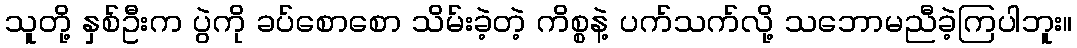
သူတို့ နှစ်ဦးက ပွဲကို ခပ်စောစော သိမ်းခဲ့တဲ့ ကိစ္စနဲ့ ပက်သက်လို့ သဘောမညီခဲ့ကြပါဘူး။